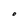
Character: O